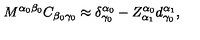
M ^ { \alpha _ { 0 } \beta _ { 0 } } C _ { \beta _ { 0 } \gamma _ { 0 } } \approx \delta _ { \gamma _ { 0 } } ^ { \alpha _ { 0 } } - Z _ { \alpha _ { 1 } } ^ { \alpha _ { 0 } } d _ { \gamma _ { 0 } } ^ { \alpha _ { 1 } } ,